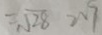
= \sqrt { 2 8 } > \sqrt { 7 }